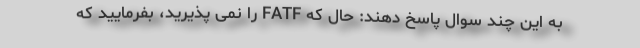
به این چند سوال پاسخ دهند: حال که FATF را نمی پذیرید، بفرمایید که